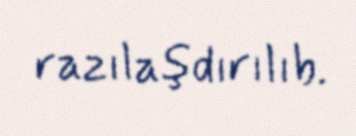
razılaşdırılıb.